Madras plague regulations in force outside the Presidency town - Volume 5
Disease focus: Plague
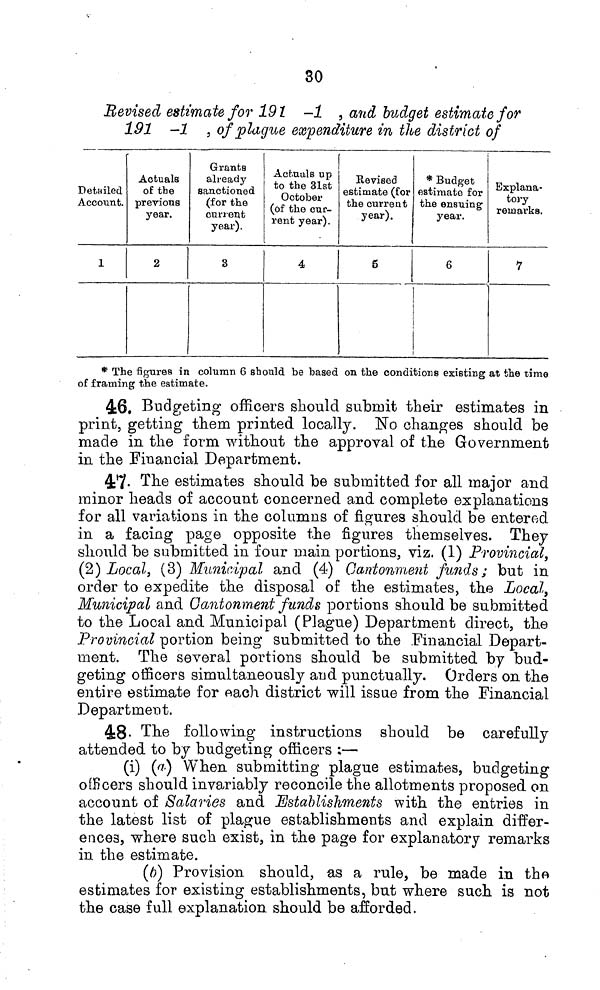
30
Revised estimate for 191 -1 , and budget estimate for
191 -1 , of plague expenditure in the district of
Detailed
Account.
1
Actuals
of the
previous
year.
2
Grants
already
sanctioned,
(for the
current
year).
3
Actuals up
to the 31st
October
(of the cur-
rent year).
4
Revised
estimate (for
the current
year).
6
* Budget
estimate for
the ensuing
year.
6
Explana-
tory
remarks.
7
* The figures in column 6 should be based on the conditions existing at the time
of framing the estimate.
46. Budgeting officers should submit their estimates in
print, getting them printed locally. îsTo changes should be
made in the form without the approval of the Government
in the Financial Department.
4:7- The estimates should be submitted for all major and
minor heads of account concerned and complete explanations
for all variations in the columns of figures should be entered
in a facing page opposite the figures themselves. They
should be submitted in four main portions, viz. (1) Provincial,
(2) Local, (3) Municipal and (4) Cantonment funds ; but in
order to expedite the disposal of the estimates, the Local,
Municipal and Cantonment funds portions should be submitted
to the Local and Municipal (Plague) Department direct, the
Provincial portion being submitted to the Financial Depart-
ment. The several portions should be submitted by bud-
geting officers simultaneously arid punctually. Orders on the
entire estimate for each district will issue from the Financial
Department.
4:8- The following instructions should be carefully
attended to by budgeting officers :—
(i) (flf-) When submitting plague estimates, budgeting
officers should invariably reconcile the allotments proposed on
account of Salaries and Establishments with the entries in
the latest list of plague establishments and explain differ-
ences, where such exist, in the page for explanatory remarks
in the estimate.
(6) Provision should, as a rule, be made in the
estimates for existing establishments, but where such is not
the case full explanation should be afforded.